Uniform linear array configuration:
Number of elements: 32
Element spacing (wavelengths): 0.25
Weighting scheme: hamming
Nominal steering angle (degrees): -60
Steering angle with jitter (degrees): -59.182
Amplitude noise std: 0.05
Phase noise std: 0.05

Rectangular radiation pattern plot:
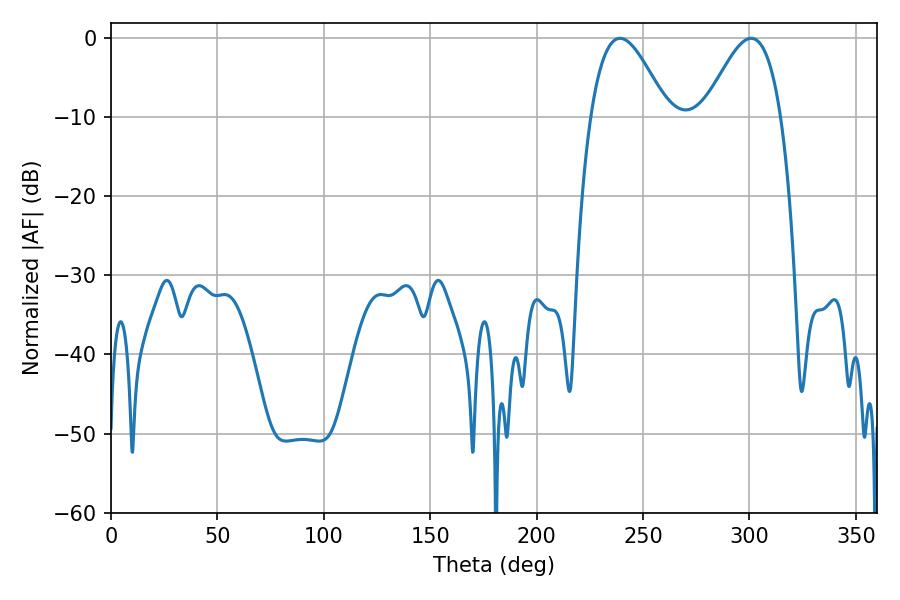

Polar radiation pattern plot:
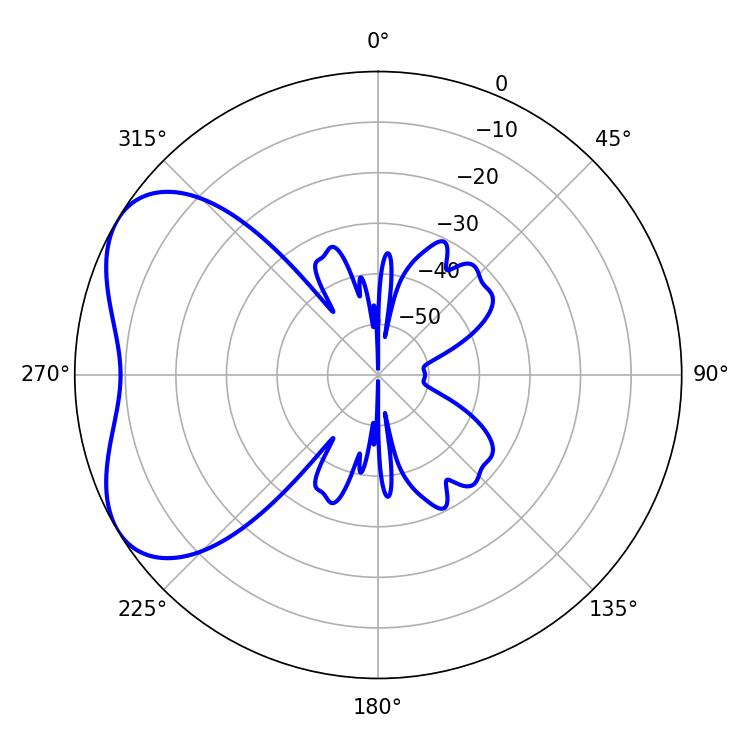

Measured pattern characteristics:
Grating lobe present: FALSE
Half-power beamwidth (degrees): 19.44
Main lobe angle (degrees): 239.22